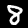
Digit: 8